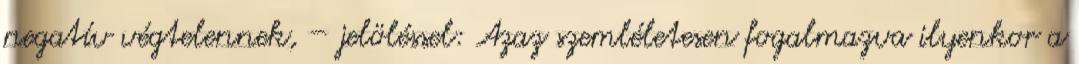
negatív végtelennek, – jelöléssel: Azaz szemléletesen fogalmazva ilyenkor a